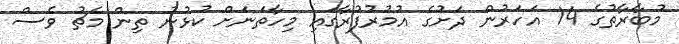
މުބާރާތުގެ 14 އަހަރުން ދަށުގެ އުމުރުފުރާގައި މިހާތަނަށް ކުޅުނު ތިން މެޗު ވެސް